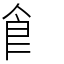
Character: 𩙿